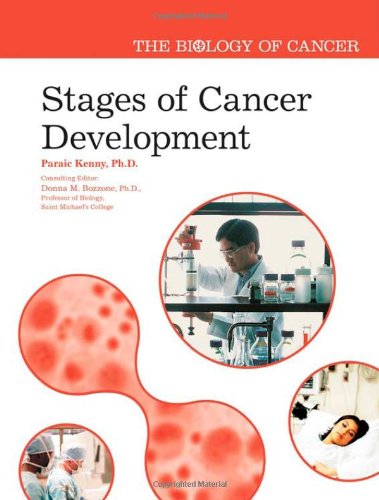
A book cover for Stages of Cancer Development (The Biology of Cancer); Paraic A., Ph.d. Kenny; Teen & Young Adult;